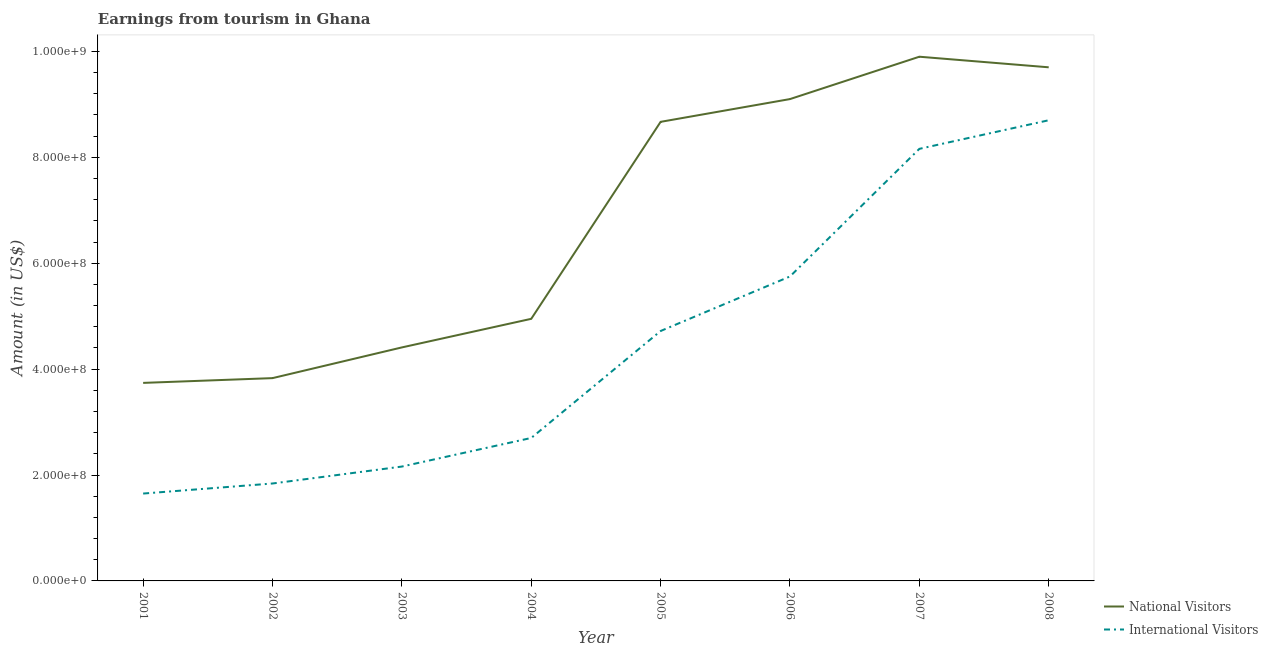
| Year | National Visitors | International Visitors |
 | --- | --- | --- |
 | 2001 | 3.74e+08 | 1.65e+08 |
 | 2002 | 3.83e+08 | 1.84e+08 |
 | 2003 | 4.41e+08 | 2.16e+08 |
 | 2004 | 4.95e+08 | 2.7e+08 |
 | 2005 | 8.67e+08 | 4.72e+08 |
 | 2006 | 9.1e+08 | 5.75e+08 |
 | 2007 | 9.9e+08 | 8.16e+08 |
 | 2008 | 9.7e+08 | 8.7e+08 |